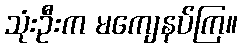
သုံးဦးက မကျေနပ်ကြ။